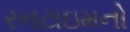
રનટાઇમનો